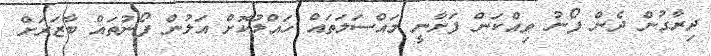
ދިރާގުން ދެން ފޯނު ވިއްކަން ފަށާނީ މައްސަލަތައް ހައްލުކޮށް އަލުން ފޯނުތައް ބާޒަރަށް